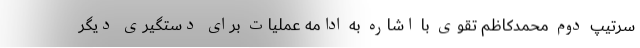
سرتیپ دوم محمدکاظم تقوی با اشاره به ادامه عملیات برای دستگیری دیگر